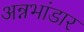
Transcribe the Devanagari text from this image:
अन्नभांडार